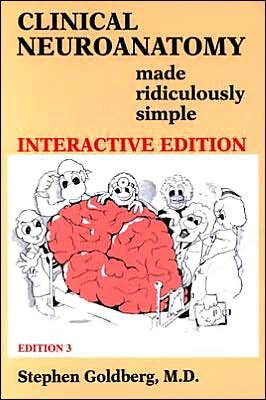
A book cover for Clinical Neuroanatomy Made Ridiculously Simple (text only) 3rd (Third) edition by S. Goldberg; S. Goldberg; Medical Books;